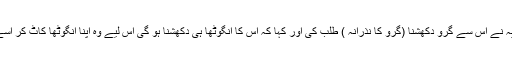
تب درون آچاریہ نے اس سے گرو دکھشنا (گرو کا نذرانہ ) طلب کی اور کہا کہ اس کا انگوٹھا ہی دکھشنا ہو گی اس لیے وہ اپنا انگوٹھا کاٹ کر اسے پیش کر دے۔